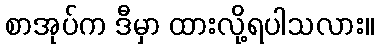
စာအုပ်က ဒီမှာ ထားလို့ရပါသလား။